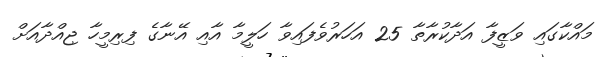
މައްކާގައި ވަޒީފާ އަދާކުރާތާ 25 އަަހަރުވެފައިވާ ހަލީމާ އާއި އޭނާގެ ފިރިމީހާ ޖިއްދާއަށް